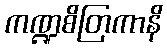
ကဏ္ဍစိတြကာနိ